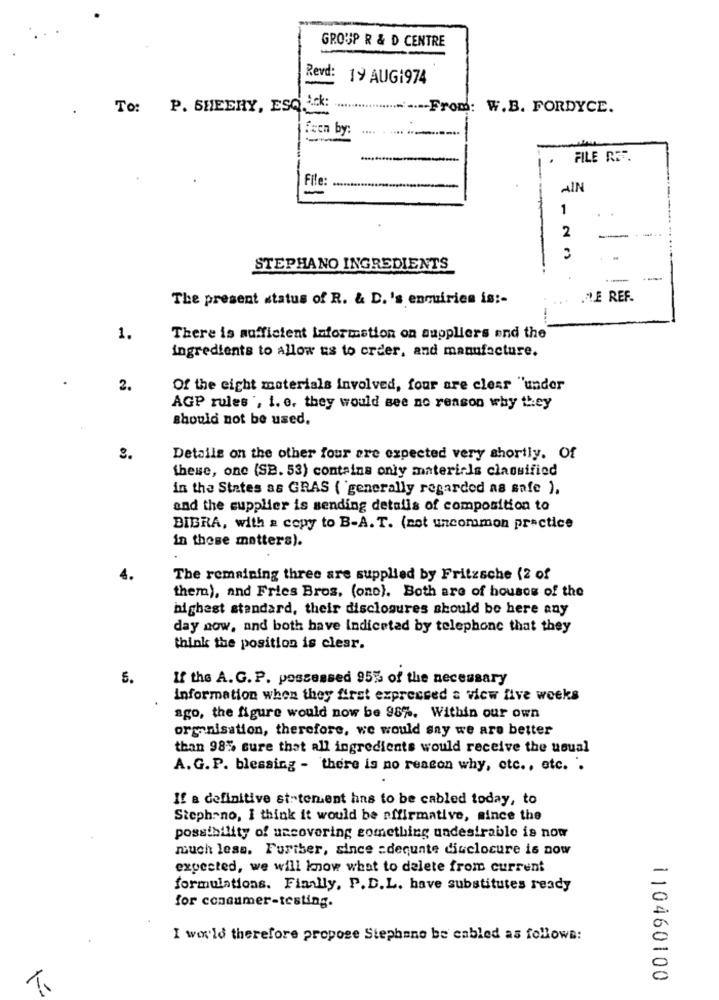
GROUP R & D CENTRE
Revd:
19 AUG1974
-
To: P. SHEEHY, ESQ. L.k:
......
...... From: W.B. FORDYCE.
Feen by:
FILE RET.
File:
AIN
-
1
2
STEPHANO INGREDIENTS
The present status of R. & D. 's enquiries is :-
LE REF.
1.
There is sufficient Information on auppliers end the
ingredients to allow us to order, and manufacture.
2.
Of the eight materials involved, four are clear "under
AGP rules ', i. e. they would see no reason why they
should not be used.
8.
Details on the other four are expected very shortly. Of
these, one (SB. 53) contains only materials classified
in the States as GRAS ( 'generally regarded as safe ).
and the supplier is sending detalis of composition to
BIBRA, with a copy to B-A. T. (not uncommon practice
in these matters).
The remaining three are supplied by Fritzsche (2 of
them), and Fries Bros, (one). Both are of houses of the
highest standard, their disclosures should be here any
day now, and both have Indiceted by telephone that they
think the position is clear.
5.
If the A. G. P. possessed 95% of the necessary
Information when they first expressed a view five weeks
ago, the figure would now be 98%. Within our own
organisation, therefore, we would say we are better
than 98% sure that all ingredients would receive the usual
A. G. P. blessing - there is no reason why, etc ., etc. .
If a definitive st-tement has to be cabled today, to
Steph-no, I think it would be affirmative, since the
possibility of uncovering something undesirable is now
much less. Further, since adequate disclosure is now
expected, we will know what to delete from current
formulations. Finally, P. D.L. have substitutes ready
for consumer-testing.
I world therefore propose Stephano be cabled as follows:
110460100